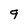
Character: q